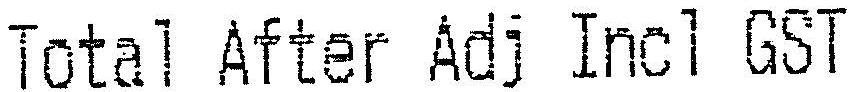
TOTAL AFTER ADJ INCL GST